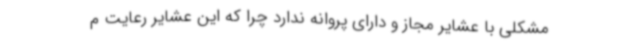
مشکلی با عشایر مجاز و دارای پروانه ندارد چرا که این عشایر رعایت م